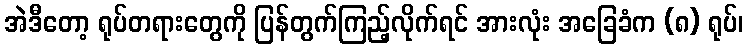
အဲဒီတော့ ရုပ်တရားတွေကို ပြန်တွက်ကြည့်လိုက်ရင် အားလုံး အခြေခံက (၈) ရုပ်၊